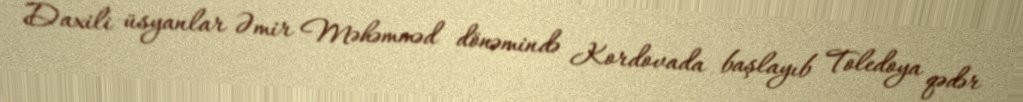
Daxili üsyanlar Əmir Məhəmməd dönəmində Kordovada başlayıb Toledoya qədər